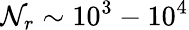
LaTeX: \mathcal{N}_{r}\sim10^{3}-10^{4}